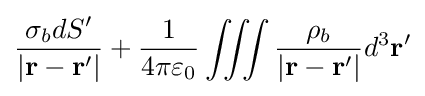
{\frac {\sigma _{b}dS'}{|\mathbf {r} -\mathbf {r} '|}}+{\frac {1}{4\pi \varepsilon _{0}}}\iiint {\frac {\rho _{b}}{|\mathbf {r} -\mathbf {r} '|}}d^{3}\mathbf {r'}